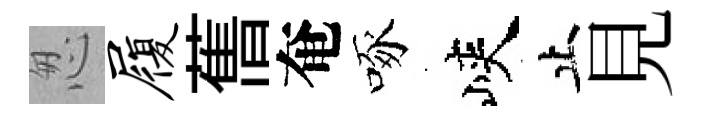
怱履𦾔奄啄峽止見